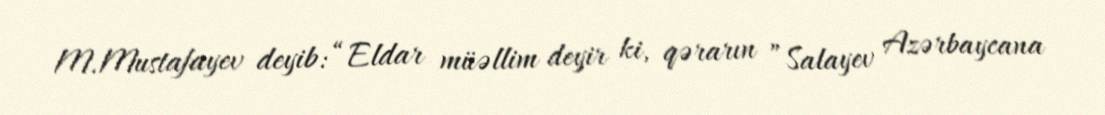
M.Mustafayev deyib: “Eldar müəllim deyir ki, qərarın ”Salayev Azərbaycana